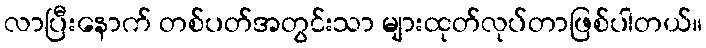
လာပြီးနောက် တစ်ပတ်အတွင်းသာ များထုတ်လုပ်တာဖြစ်ပါတယ်။